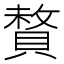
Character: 𫎜